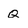
Character: q